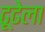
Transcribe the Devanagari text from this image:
ढूढेला